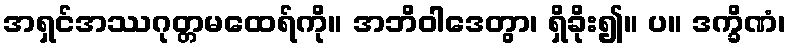
အရှင်အဿဂုတ္တမထေရ်ကို။ အဘိဝါဒေတွာ၊ ရှိခိုး၍။ ပ။ ဒက္ခိဏံ၊